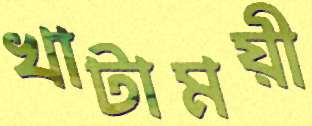
খাটাময়ী